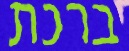
ברכת